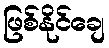
ဖြစ်နိုင်ချေ